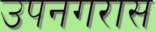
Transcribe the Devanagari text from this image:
उपनगरास